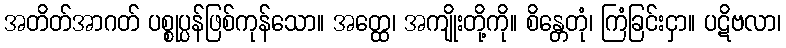
အတိတ်အာဂတ် ပစ္စုပ္ပန်ဖြစ်ကုန်သော။ အတ္ထေ၊ အကျိုးတို့ကို။ စိန္တေတုံ၊ ကြံခြင်းငှာ။ ပဋိဗလာ၊